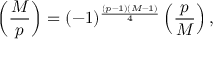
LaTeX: \left( { \frac { M } { p } } \right) = ( - 1 ) ^ { \frac { ( p - 1 ) ( M - 1 ) } { 4 } } \left( { \frac { p } { M } } \right) ,